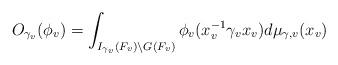
LaTeX: \begin{align*}O_{\gamma_v}(\phi_v)=\int_{I_{\gamma_v}(F_v)\backslash G(F_v)}\phi_v(x_v^{-1}\gamma_v x_v)d\mu_{\gamma,v}(x_v)\end{align*}